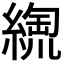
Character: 𦃥